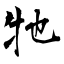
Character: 牠